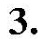
3.